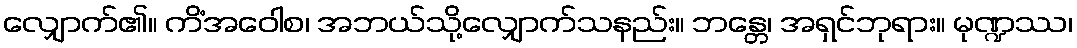
လျှောက်၏။ ကိံအဝေါစ၊ အဘယ်သို့လျှောက်သနည်း။ ဘန္တေ၊ အရှင်ဘုရား။ မုဏ္ဍဿ၊